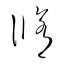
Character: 脩